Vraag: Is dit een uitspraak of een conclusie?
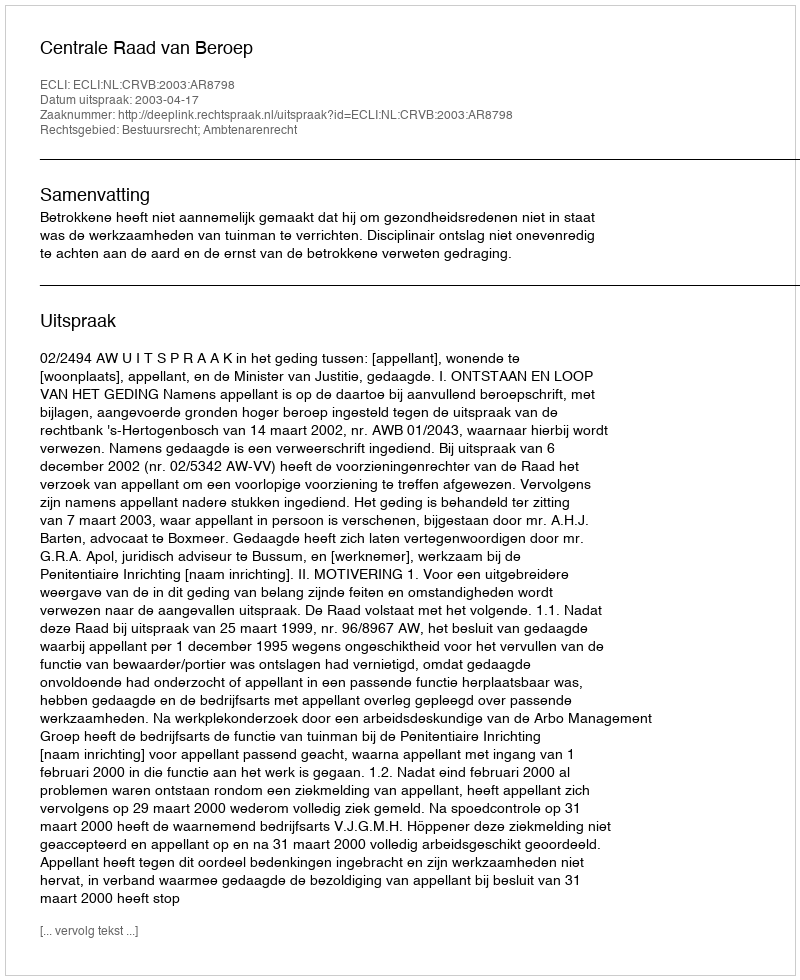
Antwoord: Uitspraak